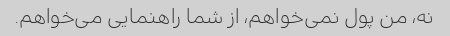
نه، من پول نمی‌خواهم، از شما راهنمایی می‌خواهم.